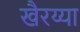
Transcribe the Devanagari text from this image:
खैरय्या